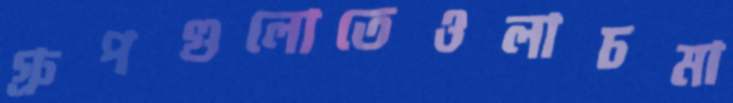
গ্রুপগুলোতেওলাচমা